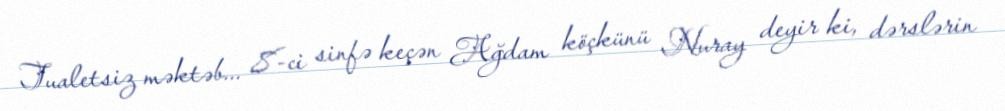
Tualetsiz məktəb... 8-ci sinfə keçən Ağdam köçkünü Nuray deyir ki, dərslərin